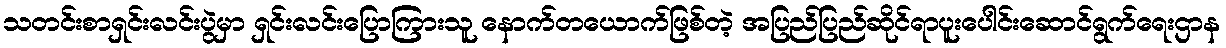
သတင်းစာရှင်းလင်းပွဲမှာ ရှင်းလင်းပြောကြားသူ နောက်တယောက်ဖြစ်တဲ့ အပြည်ပြည်ဆိုင်ရာပူးပေါင်းဆောင်ရွက်ရေးဌာန